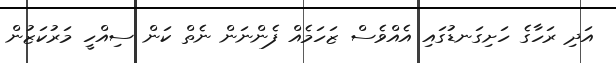
އަދި ރަހާގެ ހަށިގަނޑުގައި އެއްވެސް ޒަހަމެއް ފެންނަން ނެތް ކަން ސިއްހީ މަރުކަޒުން